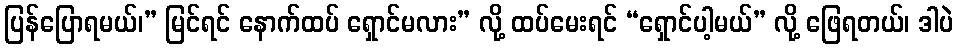
ပြန်ပြောရမယ်၊” မြင်ရင် နောက်ထပ် ရှောင်မလား” လို့ ထပ်မေးရင် “ရှောင်ပါ့မယ်” လို့ ဖြေရတယ်၊ ဒါပဲ